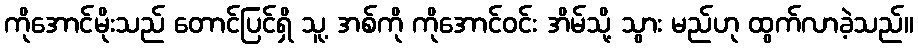
ကိုအောင်မိုးသည် တောင်ပြင်ရှိ သူ့ အစ်ကို ကိုအောင်ဝင်း အိမ်သို့ သွား မည်ဟု ထွက်လာခဲ့သည်။